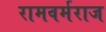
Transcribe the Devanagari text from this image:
रामवर्मराज